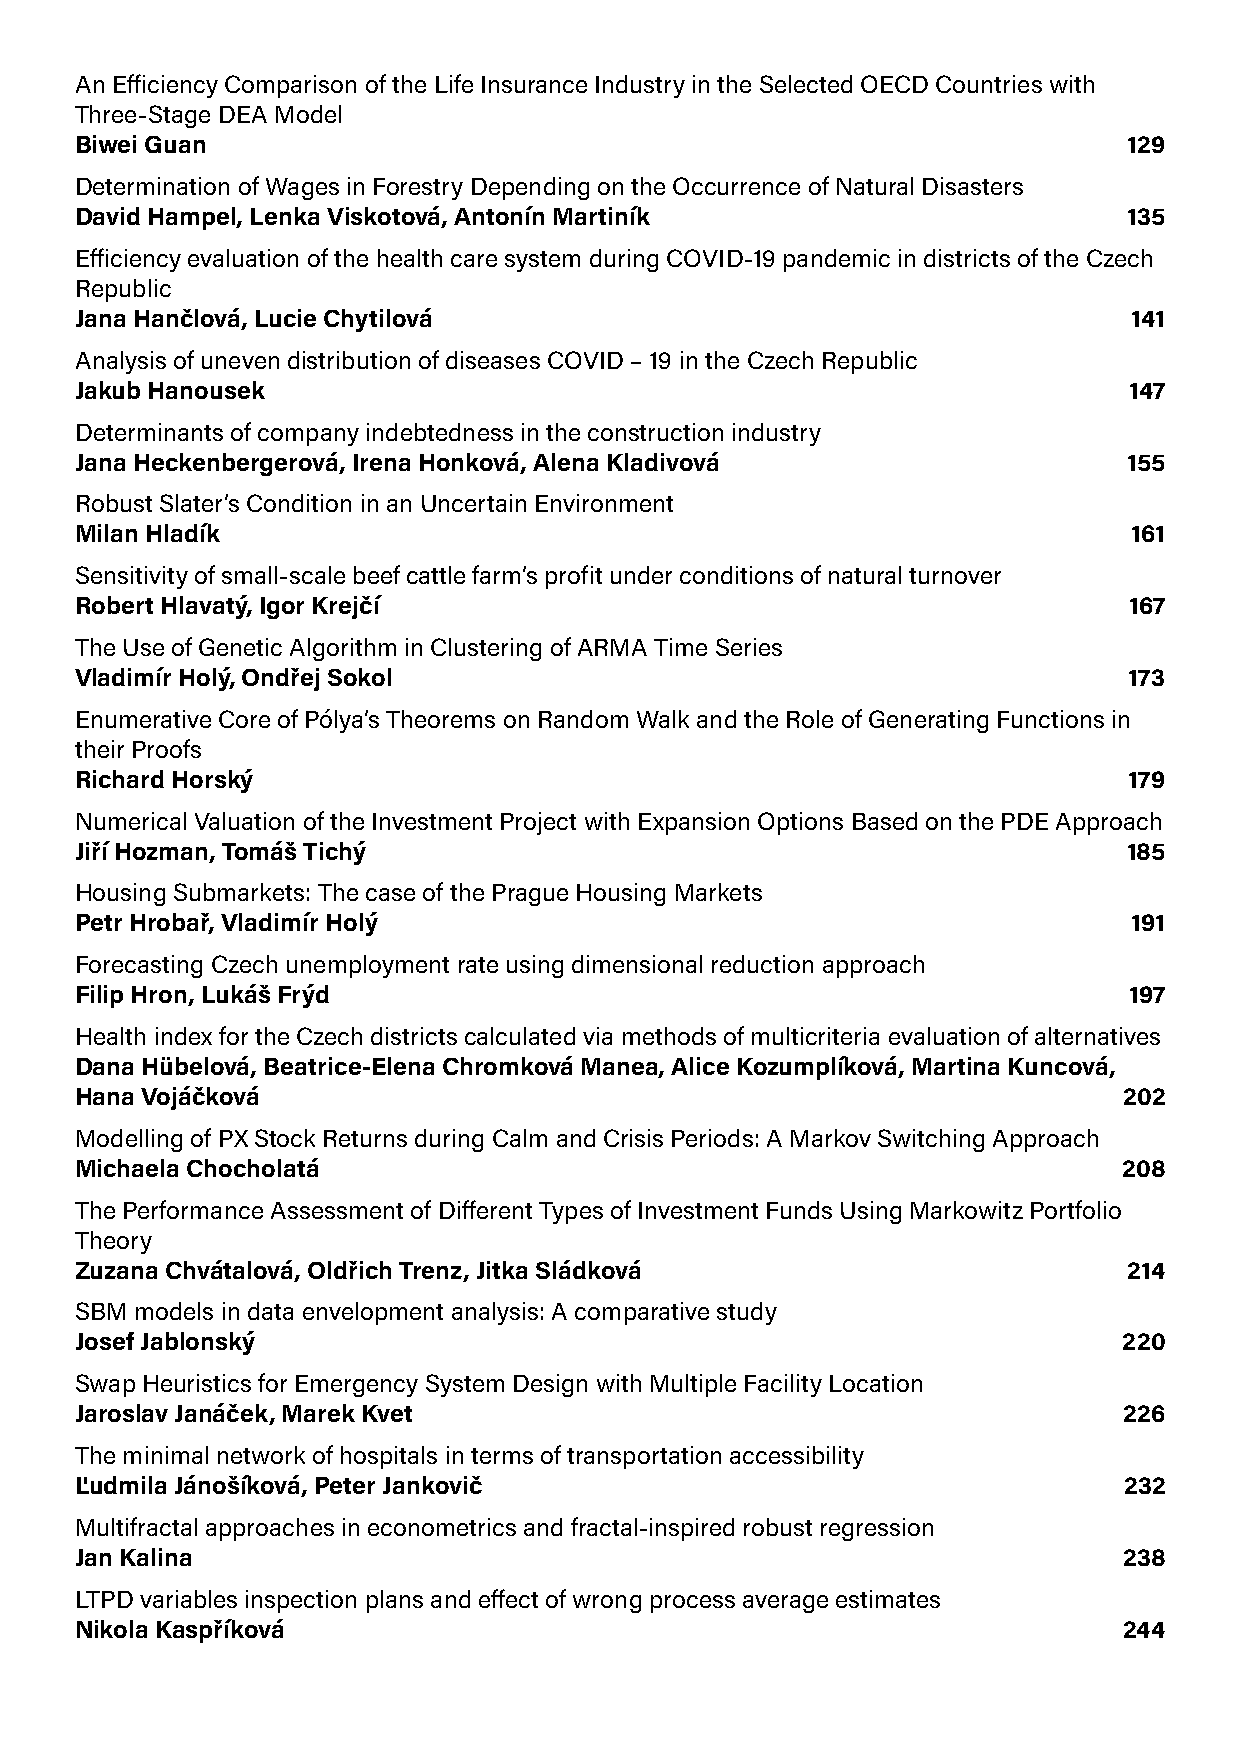
An Efficiency Comparison of the Life Insurance Industry in the Selected OECD Countries with
 Three-Stage DEA Model
 Biwei Guan                                                            129
 Determination of Wages in Forestry Depending on the Occurrence of Natural Disasters
 David Hampel, Lenka Viskotová, Antonín Martiník                       135
 Efficiency evaluation of the health care system during COVID-19 pandemic in districts of the Czech
 Republic
 Jana Hančlová, Lucie Chytilová                                        141
 Analysis of uneven distribution of diseases COVID – 19 in the Czech Republic
 Jakub Hanousek                                                        147
 Determinants of company indebtedness in the construction industry
 Jana Heckenbergerová, Irena Honková, Alena Kladivová                  155
 Robust Slater’s Condition in an Uncertain Environment
 Milan Hladík                                                          161
 Sensitivity of small-scale beef cattle farm’s profit under conditions of natural turnover
 Robert Hlavatý, Igor Krejčí                                           167
 The Use of Genetic Algorithm in Clustering of ARMA Time Series
 Vladimír Holý, Ondřej Sokol                                           173
 Enumerative Core of Pólya’s Theorems on Random Walk and the Role of Generating Functions in
 their Proofs
 Richard Horský                                                        179
 Numerical Valuation of the Investment Project with Expansion Options Based on the PDE Approach
 Jiří Hozman, Tomáš Tichý                                              185
 Housing Submarkets: The case of the Prague Housing Markets
 Petr Hrobař, Vladimír Holý                                            191
 Forecasting Czech unemployment rate using dimensional reduction approach
 Filip Hron, Lukáš Frýd                                                197
 Health index for the Czech districts calculated via methods of multicriteria evaluation of alternatives
 Dana Hübelová, Beatrice-Elena Chromková Manea, Alice Kozumplíková, Martina Kuncová,
 Hana Vojáčková                                                       202
 Modelling of PX Stock Returns during Calm and Crisis Periods: A Markov Switching Approach
 Michaela Chocholatá                                                  208
 The Performance Assessment of Different Types of Investment Funds Using Markowitz Portfolio
 Theory
 Zuzana Chvátalová, Oldřich Trenz, Jitka Sládková                      214
 SBM models in data envelopment analysis: A comparative study
 Josef Jablonský                                                      220
 Swap Heuristics for Emergency System Design with Multiple Facility Location
 Jaroslav Janáček, Marek Kvet                                         226
 The minimal network of hospitals in terms of transportation accessibility
 Ľudmila Jánošíková, Peter Jankovič                                   232
 Multifractal approaches in econometrics and fractal-inspired robust regression
 Jan Kalina                                                           238
 LTPD variables inspection plans and effect of wrong process average estimates
 Nikola Kaspříková                                                    244